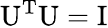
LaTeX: \mathrm{U}^{\mathrm{T}}\mathrm{U}=\mathrm{I}